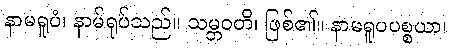
နာမရူပံ၊ နာမ်ရုပ်သည်။ သမ္ဘဝတိ၊ ဖြစ်၏။ နာမရူပပစ္စယာ၊